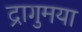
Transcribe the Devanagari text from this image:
द्रागुमया